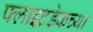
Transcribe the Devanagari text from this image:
फ्लाइटडेकच्या